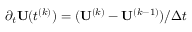
\partial _ { { t } } { \bf U } ( t ^ { ( k ) } ) = ( { \bf U } ^ { ( k ) } - { \bf U } ^ { ( k - 1 ) } ) / \Delta t